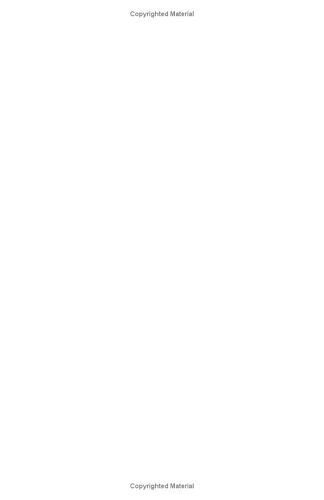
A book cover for The Way I See It: Bumping Into Life With Low Vision; Karen A. Myers; Biographies & Memoirs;